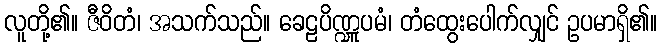
လူတို့၏။ ဇီဝိတံ၊ အသက်သည်။ ခေဠပိဏ္ဍူပမံ၊ တံထွေးပေါက်လျှင် ဥပမာရှိ၏။